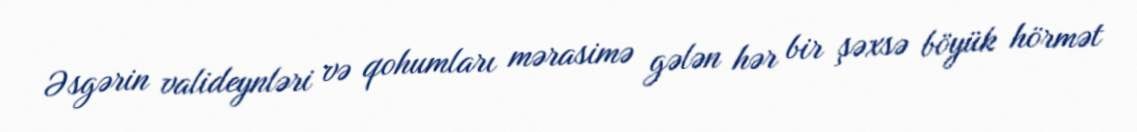
Əsgərin valideynləri və qohumları mərasimə gələn hər bir şəxsə böyük hörmət